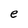
Character: e